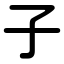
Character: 子